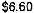
$6.60